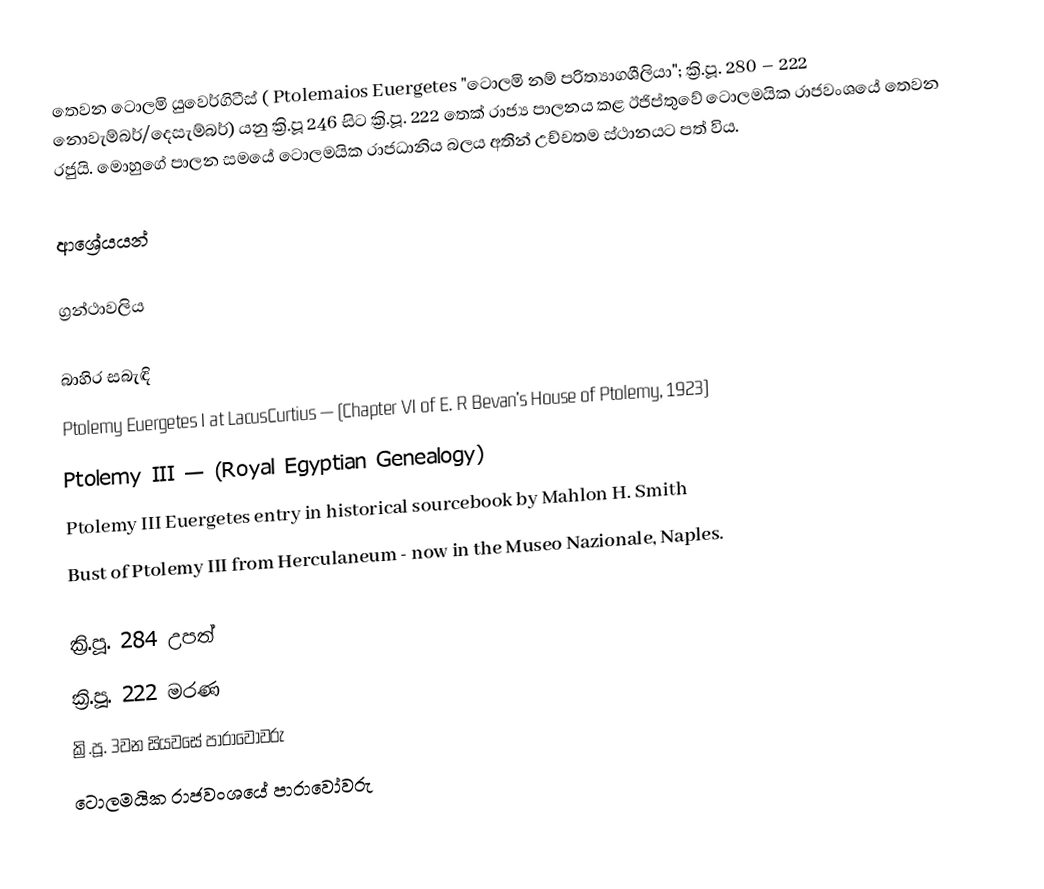
තෙවන ටොලමි යුවෙර්ගිටීස් ( Ptolemaios Euergetes "ටොලමි නම් පරිත්‍යාගශීලියා"; ක්‍රි.පූ. 280 – 222 නොවැම්බර්/දෙසැම්බර්) යනු ක්‍රි.පූ 246 සිට ක්‍රි.පූ. 222 තෙක් රාජ්‍ය පාලනය කළ ඊජිප්තුවේ ටොලමයික රාජවංශයේ තෙවන රජුයි. මොහුගේ පාලන සමයේ ටොලමයික රාජධානිය බලය අතින් උච්චතම ස්ථානයට පත් විය.

ආශ්‍රේයයන්

ග්‍රන්ථාවලිය

බාහිර සබැඳි
 Ptolemy Euergetes I at LacusCurtius — (Chapter VI of E. R Bevan's House of Ptolemy, 1923)
 Ptolemy III — (Royal Egyptian Genealogy)
 Ptolemy III Euergetes entry in historical sourcebook by Mahlon H. Smith
 Bust of Ptolemy III from Herculaneum - now in the Museo Nazionale, Naples.

ක්‍රි.පූ. 284 උපත්
ක්‍රි.පූ. 222 මරණ
ක්‍රි.පූ. 3වන සියවසේ පාරාවෝවරු
ටොලමයික රාජවංශයේ පාරාවෝවරු